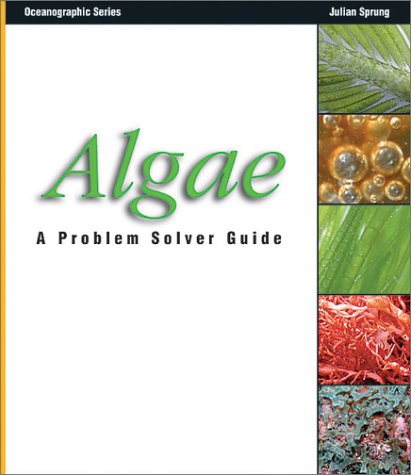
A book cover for Algae: A Problem Solver Guide (Oceanographic Series); Julian Sprung; Crafts, Hobbies & Home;